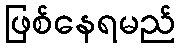
ဖြစ်နေရမည်